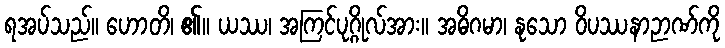
ရအပ်သည်။ ဟောတိ၊ ၏။ ယဿ၊ အကြင်ပုဂ္ဂိုလ်အား။ အဓိဂမာ၊ နုသော ဝိပဿနာဉာဏ်ကို